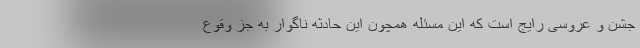
جشن و عروسی رایج است که این مسئله همچون این حادثه ناگوار به جز وقوع